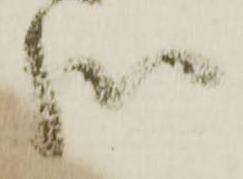
哉